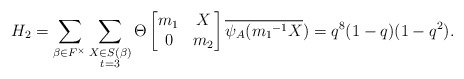
\begin{align*} H_2=\displaystyle \sum_{\beta \in F^{\times}} \sum_{\substack{X\in S(\beta) \\ t=3 }}\Theta \begin{bmatrix} m_1 & X\\0 & m_2\end{bmatrix}\overline{\psi_A({m_1}^{-1}X})=q^8(1-q)(1-q^2).\end{align*}